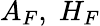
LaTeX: A_{F},\; H_{F}